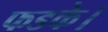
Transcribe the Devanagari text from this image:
फडके।